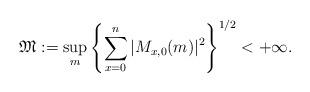
LaTeX: \begin{align*}{\frak M}:=\sup_m \left\{ \sum_{x=0}^n |M_{x,0}(m)|^2\right\}^{1/2}<+\infty.\end{align*}